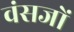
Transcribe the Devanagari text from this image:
वंसजों